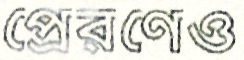
প্রেরণেও